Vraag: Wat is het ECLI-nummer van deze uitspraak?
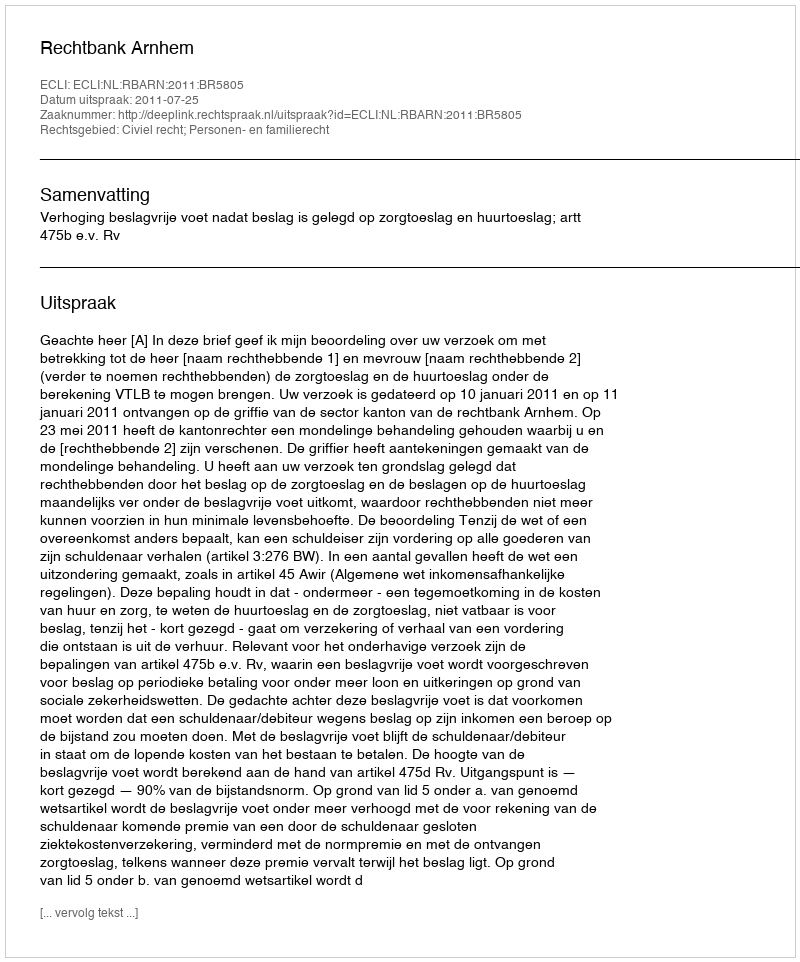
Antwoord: ECLI:NL:RBARN:2011:BR5805